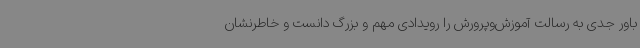
باور جدی به رسالت آموزش‌وپرورش را رویدادی مهم و بزرگ دانست و خاطرنشان